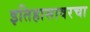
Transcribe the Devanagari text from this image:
इतिहासावरचा